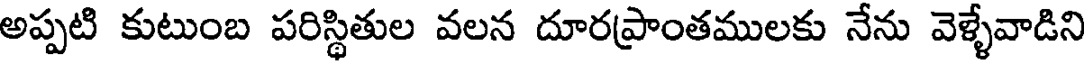
అప్పటి కుటుంబ పరిస్థితుల వలన దూరప్రాంతములకు నేను వెళ్ళేవాడిని